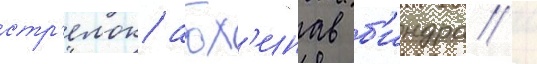
стр'елок абх'инав б'индра /